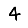
Digit: 4